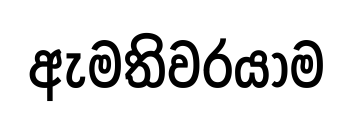
ඇමතිවරයාම